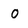
Character: O